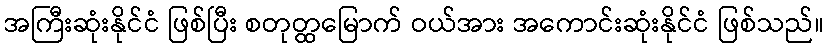
အကြီးဆုံးနိုင်ငံ ဖြစ်ပြီး စတုတ္ထမြောက် ဝယ်အား အကောင်းဆုံးနိုင်ငံ ဖြစ်သည်။